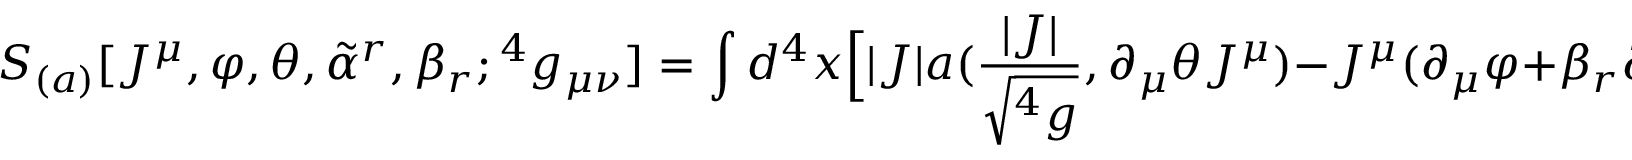
S _ { ( a ) } [ J ^ { \mu } , \varphi , \theta , { \tilde { \alpha } } ^ { r } , \beta _ { r } ; { } ^ { 4 } g _ { \mu \nu } ] = \int d ^ { 4 } x \Big [ | J | a ( { \frac { | J | } { \sqrt { { } ^ { 4 } g } } } , \partial _ { \mu } \theta J ^ { \mu } ) - J ^ { \mu } ( \partial _ { \mu } \varphi + \beta _ { r } \partial _ { \mu } { \tilde { \alpha } } ^ { r } ) \Big ]